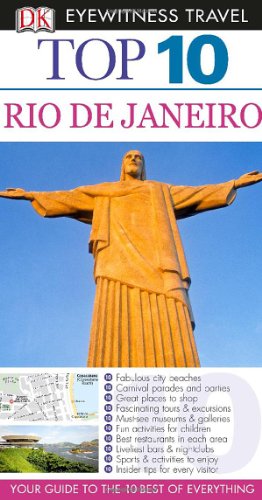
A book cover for Top 10 Rio de Janeiro (Eyewitness Top 10 Travel Guide); Travel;